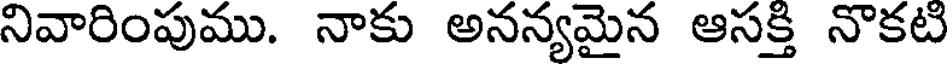
నివారింపుము. నాకు అనన్యమైన ఆసక్తి నొకటి